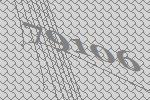
79106